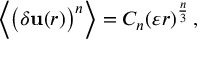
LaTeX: { \Big \langle } { \big ( } \delta \mathbf { u } ( r ) { \big ) } ^ { n } { \Big \rangle } = C _ { n } ( \varepsilon r ) ^ { \frac { n } { 3 } } \, ,